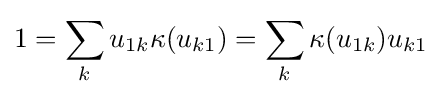
1=\sum _{k}u_{1k}\kappa (u_{k1})=\sum _{k}\kappa (u_{1k})u_{k1}